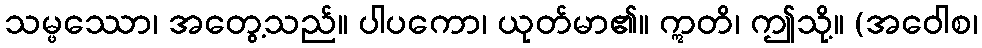
သမ္ဖဿော၊ အတွေ့သည်။ ပါပကော၊ ယုတ်မာ၏။ ဣတိ၊ ဤသို့။ (အဝေါစ၊